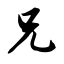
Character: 兄